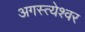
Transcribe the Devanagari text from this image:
अगस्त्येश्वर